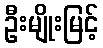
ဦးမျိုးမြင့်